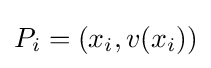
P_{i}=(x_{i},v(x_{i}))